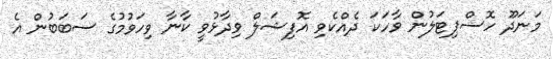
މަނަދޫ ހޮސްޕިޓަލުން ވާހަކަ ދެއްކެވި އޮފިޝަލް ވިދާޅުވީ ކާނާ ވިހަވުމުގެ ސަބަބުން އެ